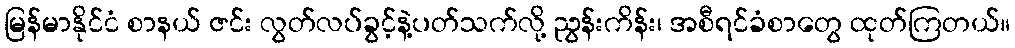
မြန်မာနိုင်ငံ စာနယ် ဇင်း လွတ်လပ်ခွင့်နဲ့ပတ်သက်လို့ ညွန်းကိန်း၊ အစီရင်ခံစာတွေ ထုတ်ကြတယ်။